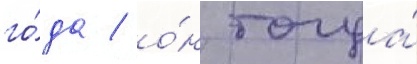
го́да / о́н тогда́